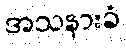
အသနားခံ